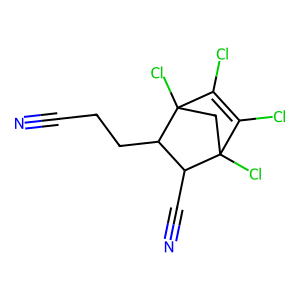
SMILES: N#CCCC1C(C#N)C2(Cl)CC1(Cl)C(Cl)=C2Cl
Inhibits HIV replication: No